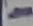
Text: -